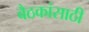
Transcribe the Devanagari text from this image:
बैठकांसाठी